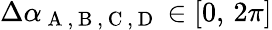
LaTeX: \Delta\alpha_{\mathrm{~A~,~B~,~C~,~D~}}\in[0,\, 2\pi]